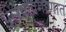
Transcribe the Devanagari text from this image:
पुरेश्याप्रमाणात